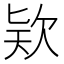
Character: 𣢸